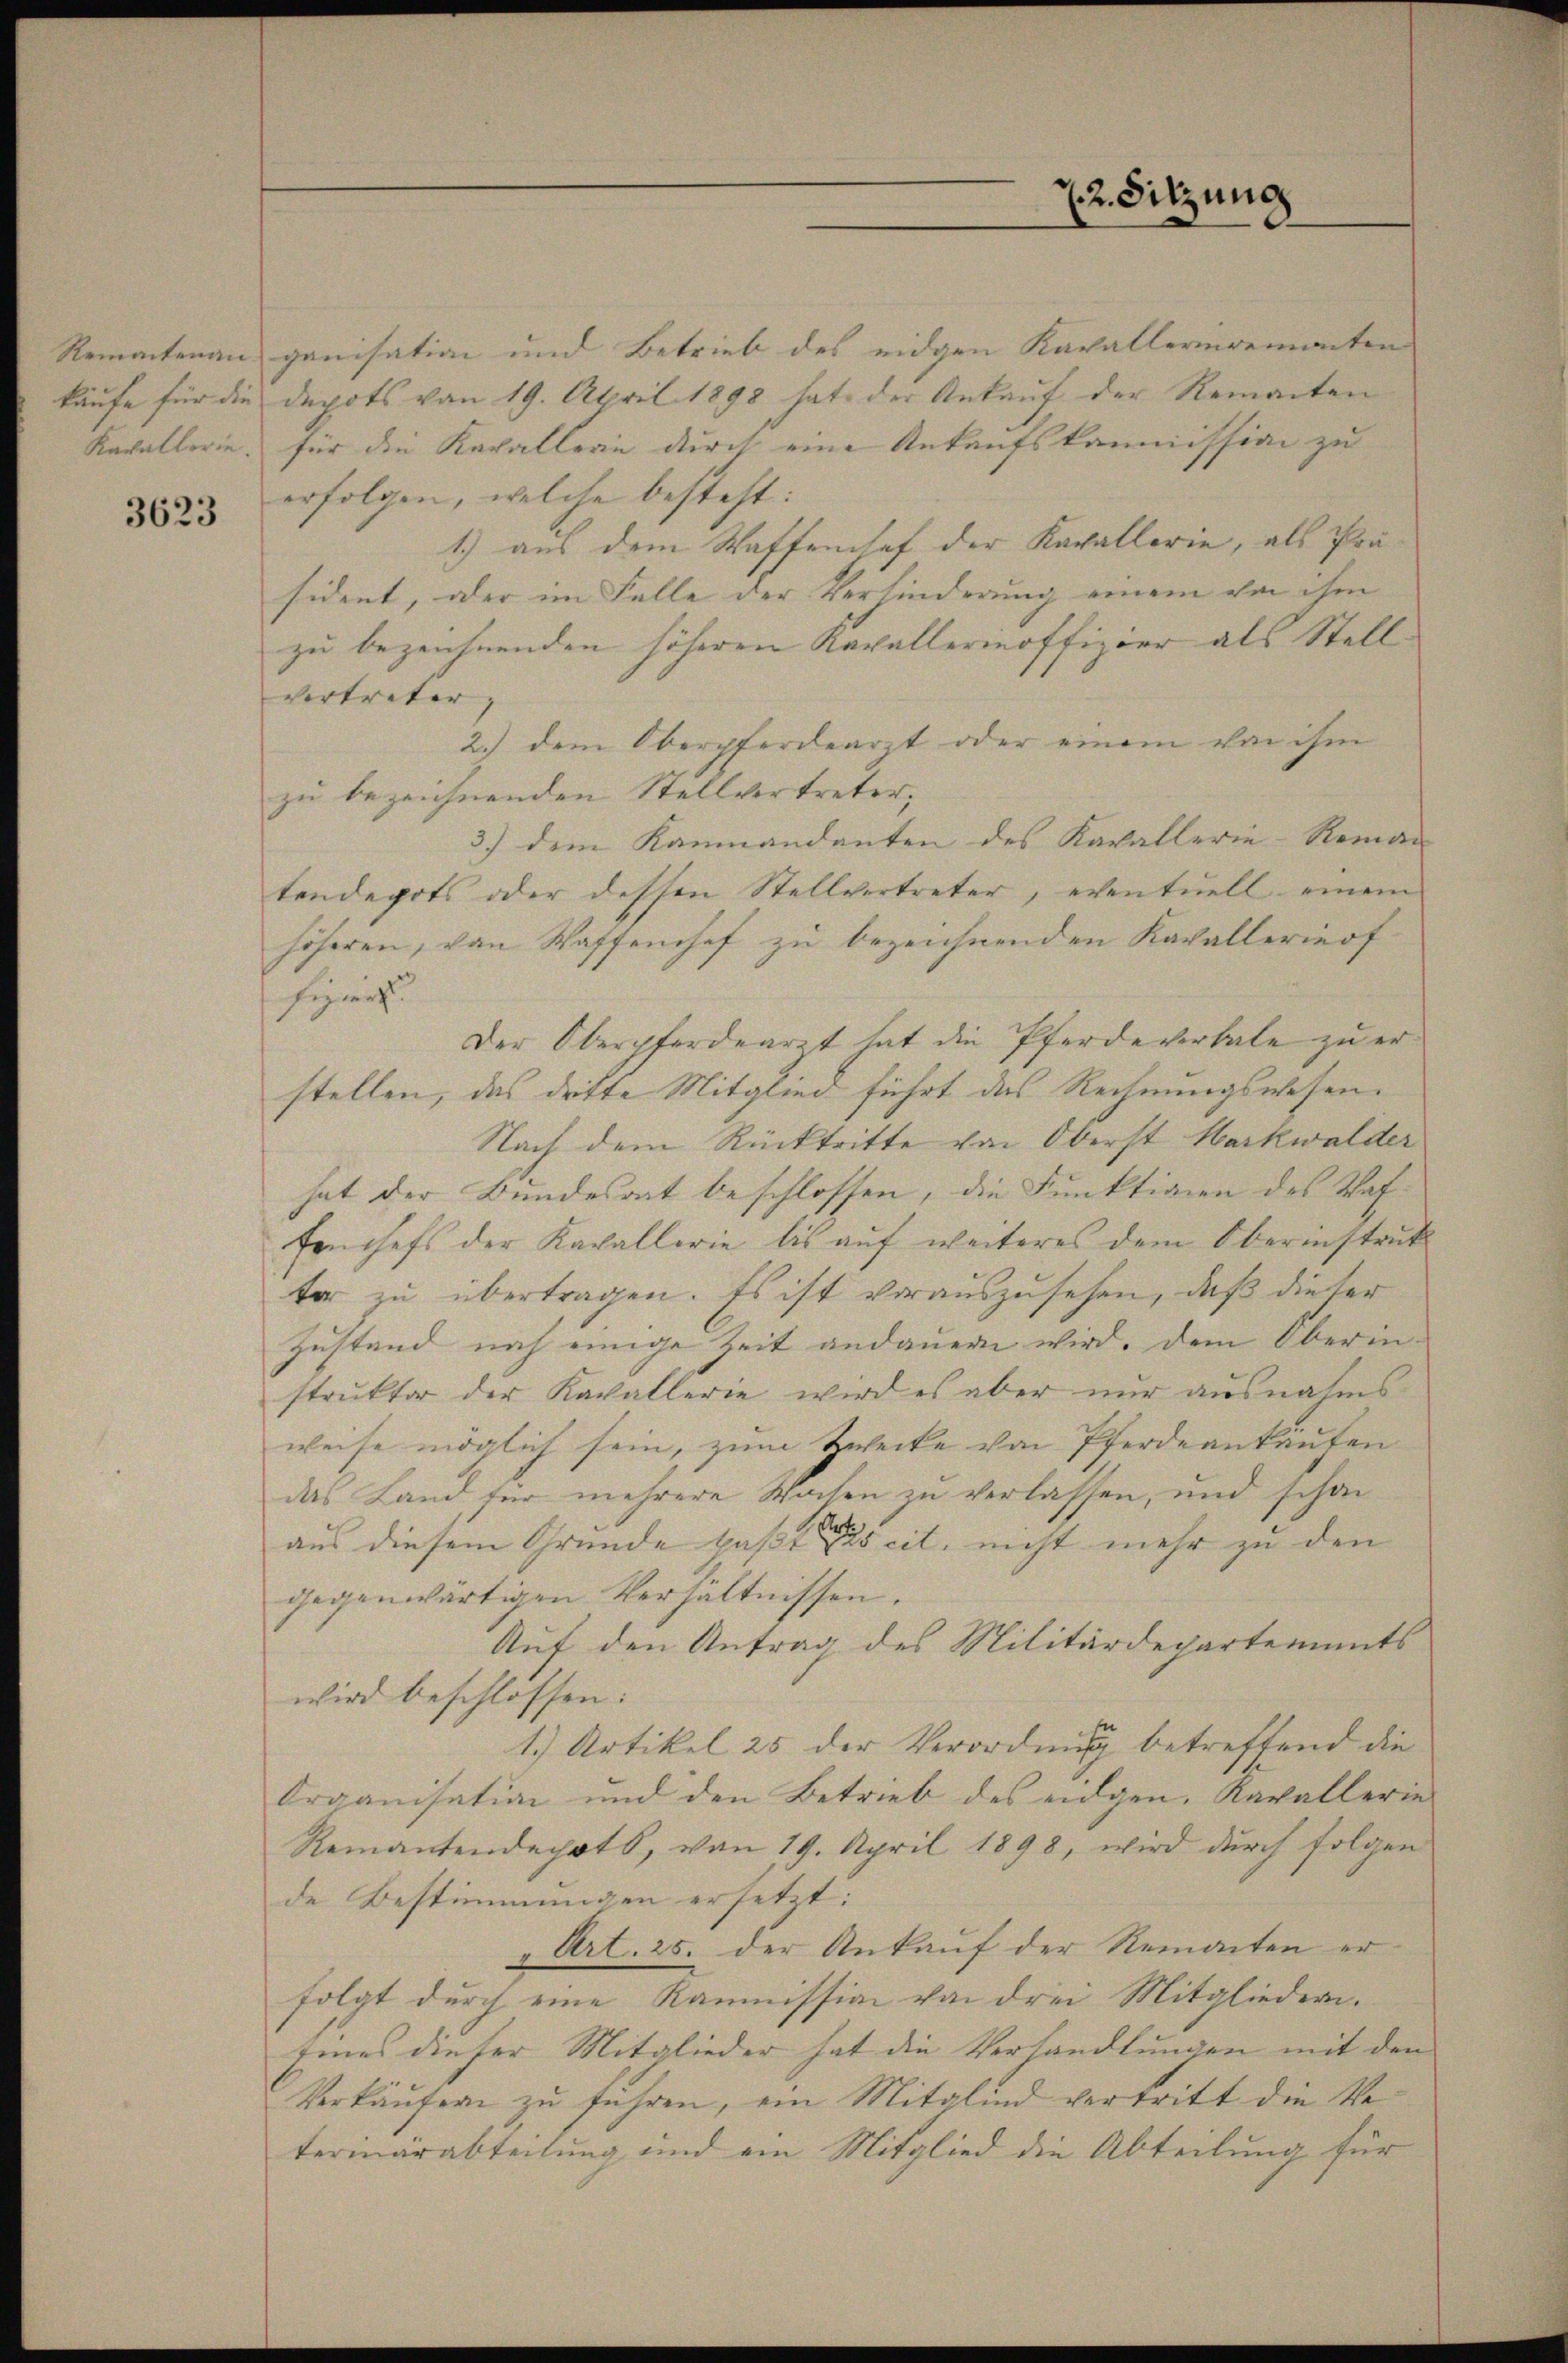
Kavallerie.

3623

22. Sitzung

Remantenau ganisation und Betrieb des eidgen Kavalleringemonten
käufe für die Depots von 19. April 1898 hat der Ankauf der Remanten
für die Kavallerie durch eine Ankaufskommission zu |
erfolgen, welche besteht:
1.) aus dem Waffenhof der Kavallerie, als Präsident, oder im Falle der Verhinderung einem von ihm
zu bezeichnenden höheren Kavallerinoffizier als Stell
vertreter |
2.) dem Oberpferdearzt oder einem von ihm
zu bezeichnenden Stellvertreter,
3.) dem Kammandanten des Kavallerie-Reman
tendepots oder dessen Stellvertreter, eventuell einem
höheren, von Waffenhof zu bezeichnenden Kavallerinof
feyerz
Der Oberpferdearzt hat die Pferdeverbale zu erstellen, das dritte Mitglied führt das Rechnungswesen¬
Nach dem Rücktritte von Oberst Markwalder
hat der Bundesrat beschlossen, die Funktionen des Waffenchefs der Kavallerie bis auf weiteres dem Oberinstruk
ter zu übertragen. Es ist vorauszusehen, daß dieser
Zustand noch einige Zeit andauern wird. Dem Oberin-
struktor der Kavallerie wird es aber nur ausnahms-
weise möglich sein, zum Zwecke von Pferdeankaufen
das Land für mehrere Wochen zu verlassen, und schon
aus diesem Grunde bast pas cit. nicht mehr zu den
gegenwärtigen Verhältnissen.
Auf den Antrag des Militärdepartements
wird beschlossen:
1.) Artikel 25 der Verordnung betreffend die
Organisation und den Betrieb des eidgen. Kavallerie
Remantendepots, von 19. April 1898, wird durch folgen
de Bestimmungen ersetzt:
" Art. 25. der Ankauf der Remonten er
folgt durch eine Kommission von drei Mitgliedern.
Eines dieser Mitglieder hat die Verhandlungen mit den
Verkäufern zu führen, ein Mitglied vertritt die Ve
terinärabteilung und ein Mitglied die Abteilung für